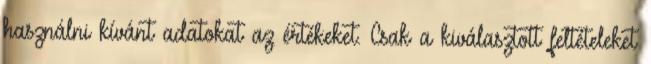
használni kívánt adatokat az értékeket. Csak a kiválasztott feltételeket